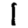
Digit: 1